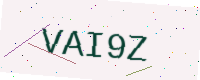
Text: VAI9Z